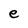
Character: e